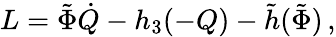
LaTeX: \begin{array}{r}{L=\tilde{\Phi}\dot{Q}-h_{3}(-Q)-\tilde{h}(\tilde{\Phi})\, ,}\end{array}